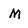
Character: M